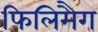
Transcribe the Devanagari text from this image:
फिलिमैग